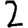
Digit: 2